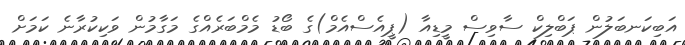
އަބިކަނބަލުން ޕަބްލިކް ސާވިސް މީޑިއާ (ޕީއެސްއެމް)ގެ ބޯޑު މެމްބަރެއްގެ މަގާމުން ވަކިކުރާނެ ކަމަށް